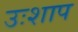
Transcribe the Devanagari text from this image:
उःशाप